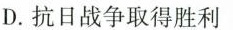
D.抗日战争取得胜利